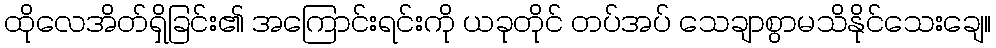
ထိုလေအိတ်ရှိခြင်း၏ အကြောင်းရင်းကို ယခုတိုင် တပ်အပ် သေချာစွာမသိနိုင်သေးချေ။